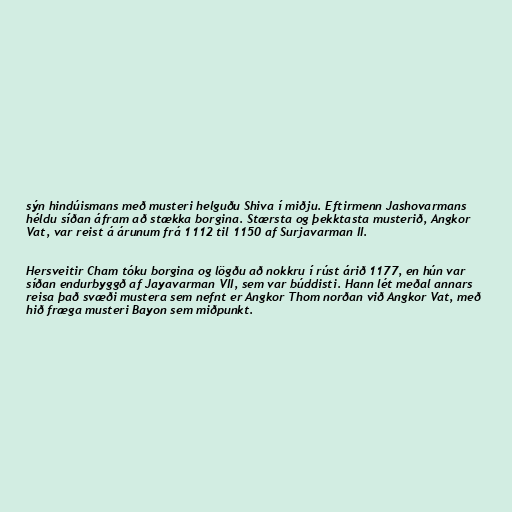
sýn hindúismans með musteri helguðu Shiva í miðju. Eftirmenn Jashovarmans
héldu síðan áfram að stækka borgina. Stærsta og þekktasta musterið, Angkor
Vat, var reist á árunum frá 1112 til 1150 af Surjavarman II.

Hersveitir Cham tóku borgina og lögðu að nokkru í rúst árið 1177, en hún var
síðan endurbyggð af Jayavarman VII, sem var búddisti. Hann lét meðal annars
reisa það svæði mustera sem nefnt er Angkor Thom norðan við Angkor Vat, með
hið fræga musteri Bayon sem miðpunkt.